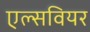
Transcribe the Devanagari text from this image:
एल्सवियर